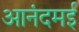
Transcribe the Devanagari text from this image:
आनंदमई